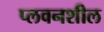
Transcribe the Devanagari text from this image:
प्लवनशील